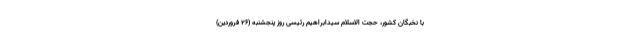
با نخبگان کشور، حجت الاسلام سیدابراهیم رئیسی روز پنجشنبه (۲۶ فروردین)